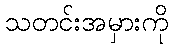
သတင်းအမှားကို